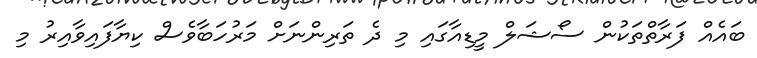
ބައެއް ފަރާތްތަކުން ސޯޝަލް މީޑިއާގައި މި ދެ ތަރިންނަށް މަރުހަބާވެސް ކިޔާފައިވާއިރު މި